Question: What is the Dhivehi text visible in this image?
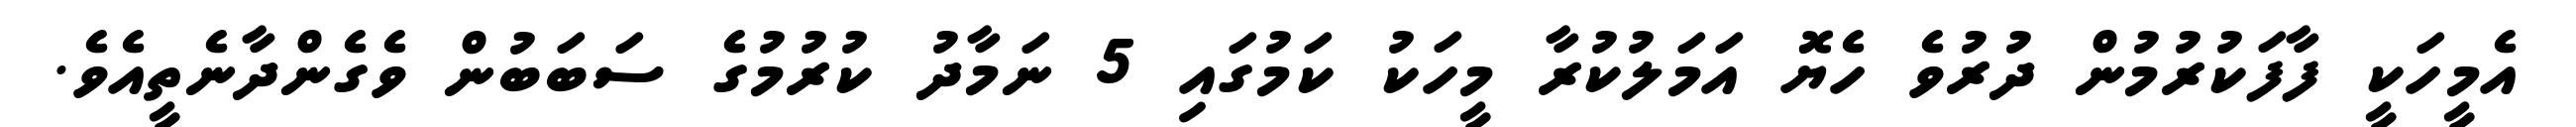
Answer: އެމީހަކީ ފާފަކުރުމުން ދުރުވެ ހެޔޮ އަމަލުކުރާ މީހަކު ކަމުގައި 5 ނަމާދު ކުރުމުގެ ސަބަބުން ވެގެންދާނެތީއެވެ.